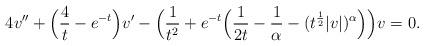
LaTeX: \begin{align*} 4v ''+\Bigl ( \frac { 4 } {t}-e^{-t}\Bigr ) v '-\Bigl (\frac { 1 } {t^2}+e^{-t}\Bigl (\frac {1} {2 t}-\frac {1} {\alpha } - ( t^{\frac {1} {2}} |v |)^\alpha \Bigr)\Bigr ) v =0.\end{align*}